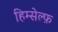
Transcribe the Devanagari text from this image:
हिम्सेल्फ़